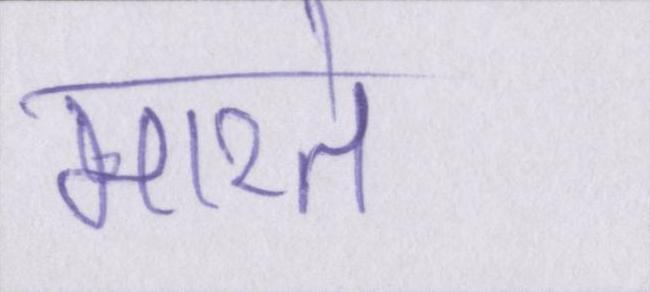
मारते